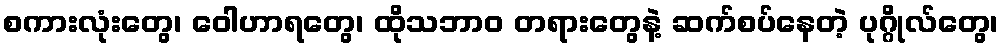
စကားလုံးတွေ၊ ဝေါဟာရတွေ၊ ထိုသဘာဝ တရားတွေနဲ့ ဆက်စပ်နေတဲ့ ပုဂ္ဂိုလ်တွေ၊